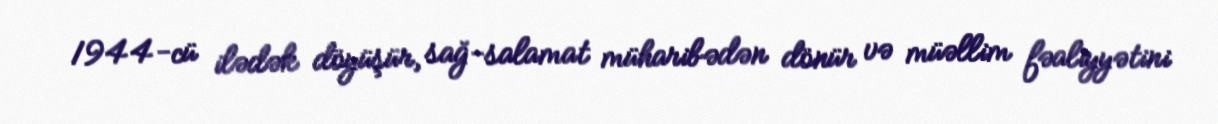
1944-cü ilədək döyüşür, sağ-salamat müharibədən dönür və müəllim fəaliyyətini